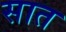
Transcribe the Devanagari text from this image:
सात